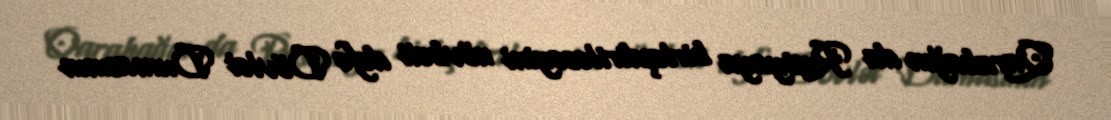
Qarabağın da Rusiyaya birləşdiriləcəyini növbəti dəfə Dövlət Dumasının